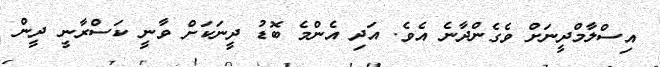
އިސްލާމްދީނަށް ވެގެންދާނެ އެވެ. އަދި އެންމެ ބޮޑު ދީނަކަށް ވާނީ ކަސްރާނީ ދީން